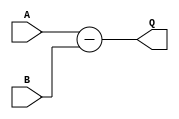

module subN
  #(parameter WID = 4)
   (input wire [WID-1:0] A,
    input wire [WID-1:0] B,
    output reg [WID:0]  Q
    /* */);

   always @(A or B) Q = A - B;

endmodule // add